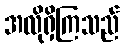
အလိုရှိကြသည်